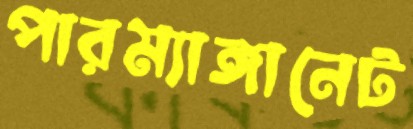
পারম্যাঙ্গানেট